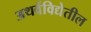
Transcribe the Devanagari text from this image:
अथर्वविद्येतील